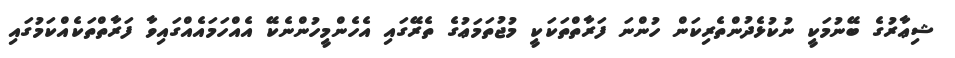
ޝިޢާރުގެ ބޭނުމަކީ ނުކުޅެދުންތެރިކަން ހުންނަ ފަރާތްތަކަކީ މުޖުތަމަޢުގެ ތެރޭގައި އެހެންމީހުންނެކޭ އެއްހަމައެއްގައިވާ ފަރާތްތަކެއްކަމުގައި